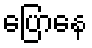
ပြောနေ